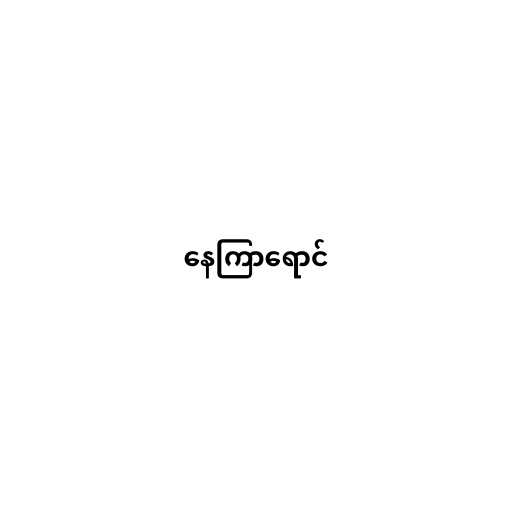
နေကြာရောင်